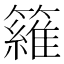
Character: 𥵻